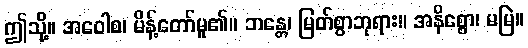
ဤသို့။ အဝေါစ၊ မိန့်တော်မူ၏။ ဘန္တေ၊ မြတ်စွာဘုရား။ အနိစ္စော၊ မမြဲ။